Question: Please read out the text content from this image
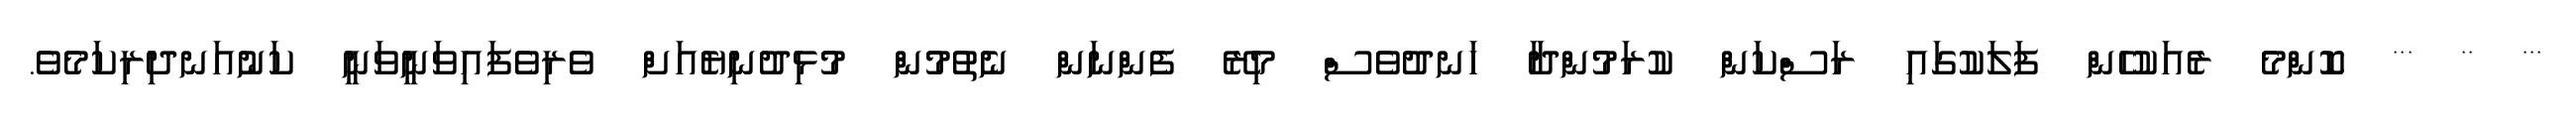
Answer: *** ** *** ކޮންމެ ރެއަކުހެން ފަލަކުގައި ރަސްކަން ކުރަމުންދާ ހަނދުވެސް މިރޭ ފެންނަން ނެތުމުން މުޅިދުނިޔެއަށް ވެރިވެފައިވަނީވަނީ ކަނުއަނދިރިކަމެވެ.